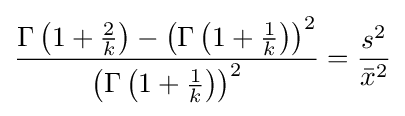
{\frac {\Gamma \left(1+{\frac {2}{k}}\right)-\left(\Gamma \left(1+{\frac {1}{k}}\right)\right)^{2}}{\left(\Gamma \left(1+{\frac {1}{k}}\right)\right)^{2}}}={\frac {s^{2}}{{\bar {x}}^{2}}}